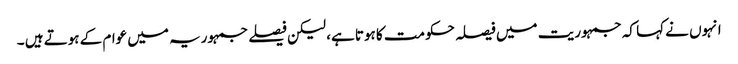
انہوں نے کہا کہ جمہوریت میں فیصلہ حکومت کا ہوتا ہے، لیکن فیصلے جمہوریہ میں عوام کے ہوتے ہیں ۔